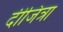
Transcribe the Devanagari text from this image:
दीजित्रा